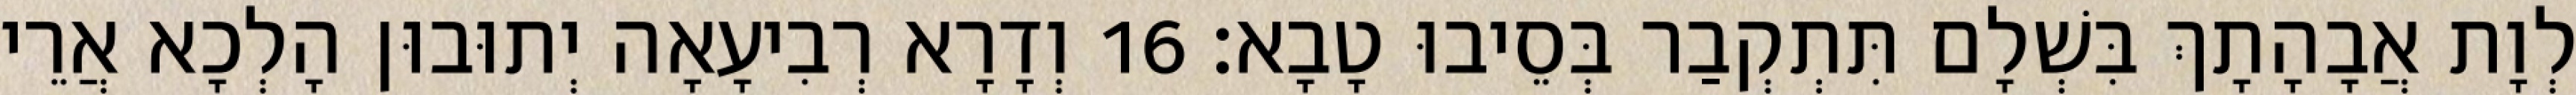
לְוָת אֲבָהָתָךְ בִּשְׁלָם תִּתְקְבַר בְּסֵיבוּ טָבָא׃ 16 וְדָרָא רְבִיעָאָה יְתוּבוּן הָלְכָא אֲרֵי